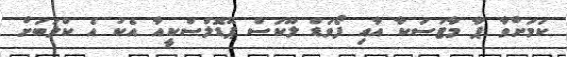
ކަމަށްވާ ޕާ މާޓަސަކާ އާއި ފޯވަޑް ލޫކަސް ޕޮޑޮލްސްކީއާ އެކު އެ ކްލަބަށް